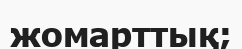
жомарттық;